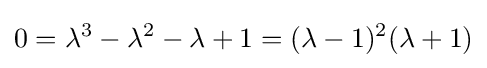
0=\lambda ^{3}-\lambda ^{2}-\lambda +1=(\lambda -1)^{2}(\lambda +1)